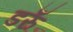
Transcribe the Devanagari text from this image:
डरुँ